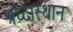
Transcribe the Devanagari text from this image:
श्रध्दास्थान